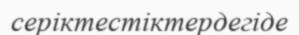
серіктестіктердегіде